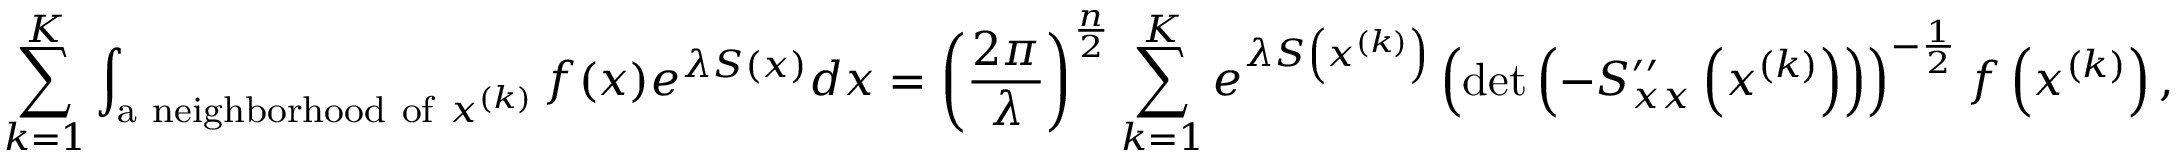
\sum _ { k = 1 } ^ { K } \int _ { { \mathrm { a ~ n e i g h b o r h o o d ~ o f ~ } } x ^ { ( k ) } } f ( x ) e ^ { \lambda S ( x ) } d x = \left( { \frac { 2 \pi } { \lambda } } \right) ^ { \frac { n } { 2 } } \sum _ { k = 1 } ^ { K } e ^ { \lambda S \left( x ^ { ( k ) } \right) } \left( \operatorname* { d e t } \left( - S _ { x x } ^ { \prime \prime } \left( x ^ { ( k ) } \right) \right) \right) ^ { - { \frac { 1 } { 2 } } } f \left( x ^ { ( k ) } \right) ,